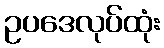
ဥပဒေလုပ်ထုံး